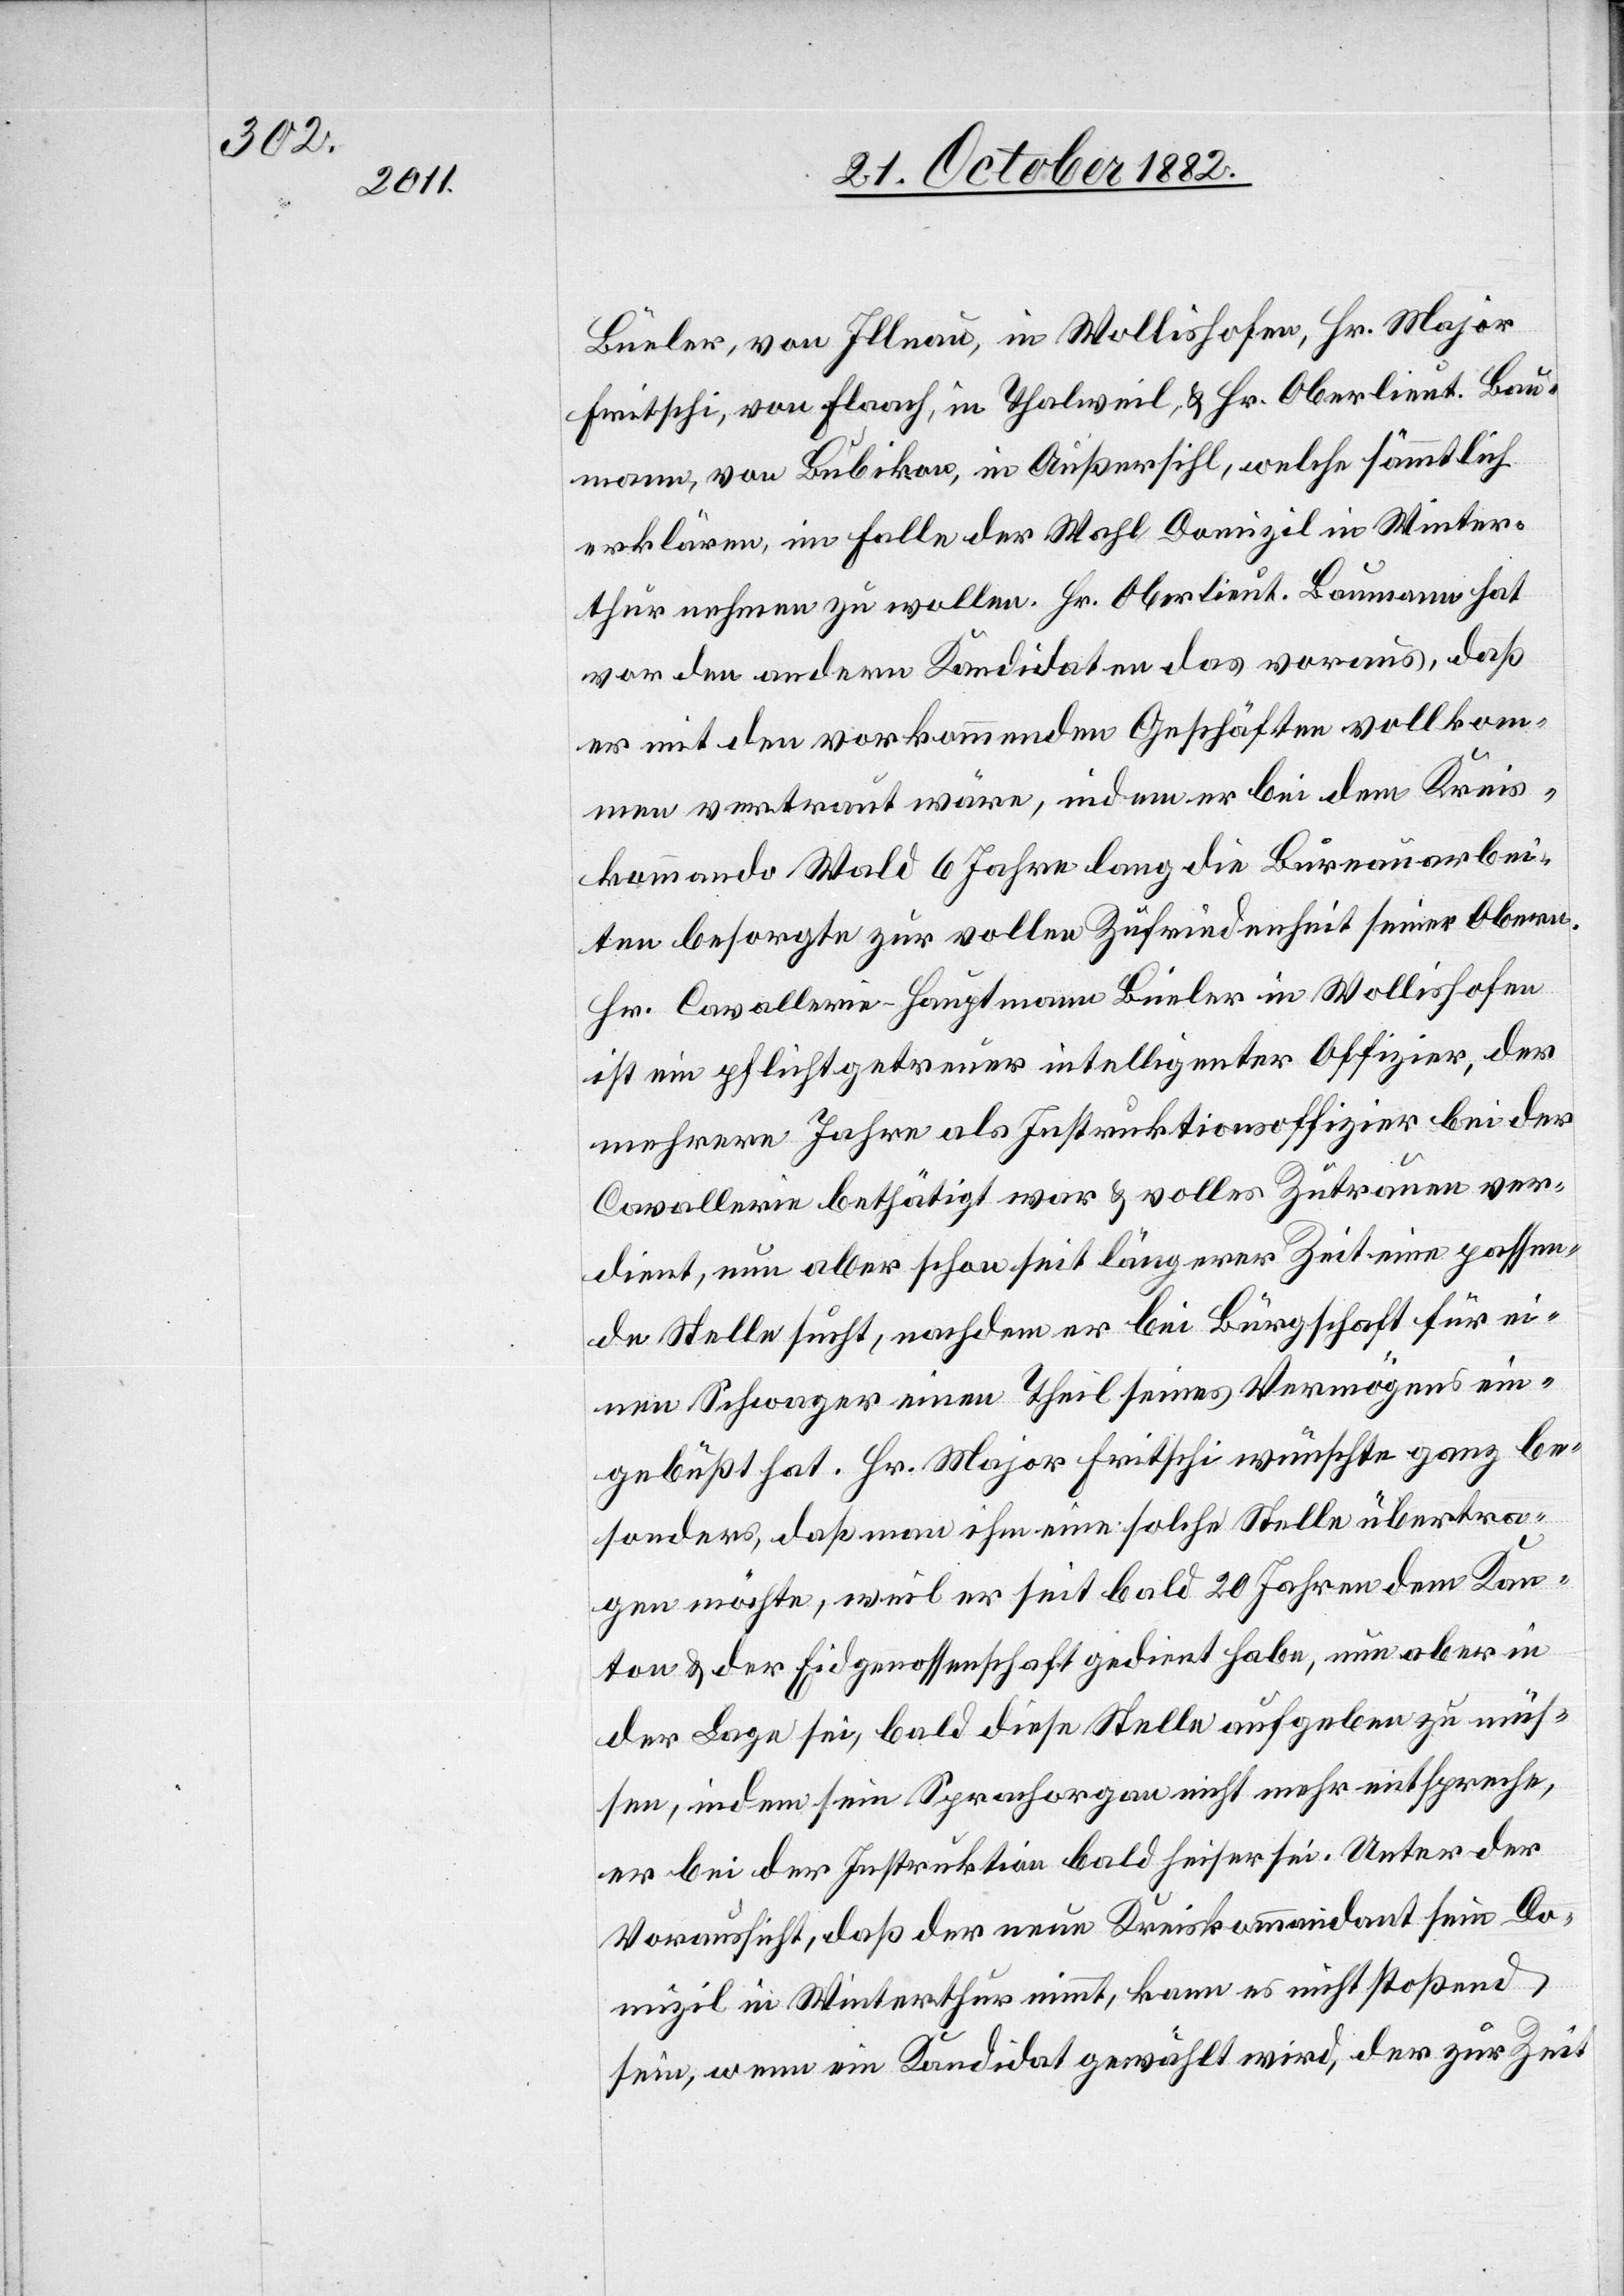
Büeler, von Illnau, in Wollishofen, Hr. Major
Fritschi, von Flaach, in Thalweil, & Hr. Oberlieut. Bau¬
mann, von Bubikon, in Außersihl, welche sämmtlich
erklären, im Falle der Wahl Domizil in Winter¬
thur nehmen zu wollen. Hr. Oberlieut. Baumann hat
vor den andern Kandidaten das voraus, daß
er mit den vorkommenden Geschäften vollkom¬
men vertraut wäre, indem er bei dem Kreis¬
kommando Wald 6 Jahre lang die Bureauarbei¬
ten besorgte zur vollen Zufriedenheit seiner Obern.
Hr. Cavallerie-Hauptmann Büeler in Wollishofen
ist ein pflichtgetreuer intelligenter Offizier, der
mehrere Jahre als Instruktionsoffizier bei der
Cavallerie bethätigt war & volles Zutrauen ver¬
dient, nun aber schon seit längerer Zeit eine passen¬
de Stelle sucht, nachdem er bei Bürgschaft für ei¬
nen Schwager einen Theil seines Vermögens ein¬
gebüßt hat. Hr. Major Fritschi wünschte ganz be¬
sonders, daß man ihm eine solche Stelle übertra¬
gen möchte, weil er seit bald 20 Jahren dem Kan¬
ton & der Eidgenossenschaft gedient habe, nun aber in
der Lage sei, bald diese Stelle aufgeben zu müs¬
sen, indem sein Sprachorgan nicht mehr entspreche,
er bei der Instruktion bald heiser sei. Unter der
Voraussicht, daß der neue Kreiskommandant sein Do¬
mizil in Winterthur nimmt, kann es nicht stoßend
sein, wenn ein Kandidat gewählt wird, der zur Zeit